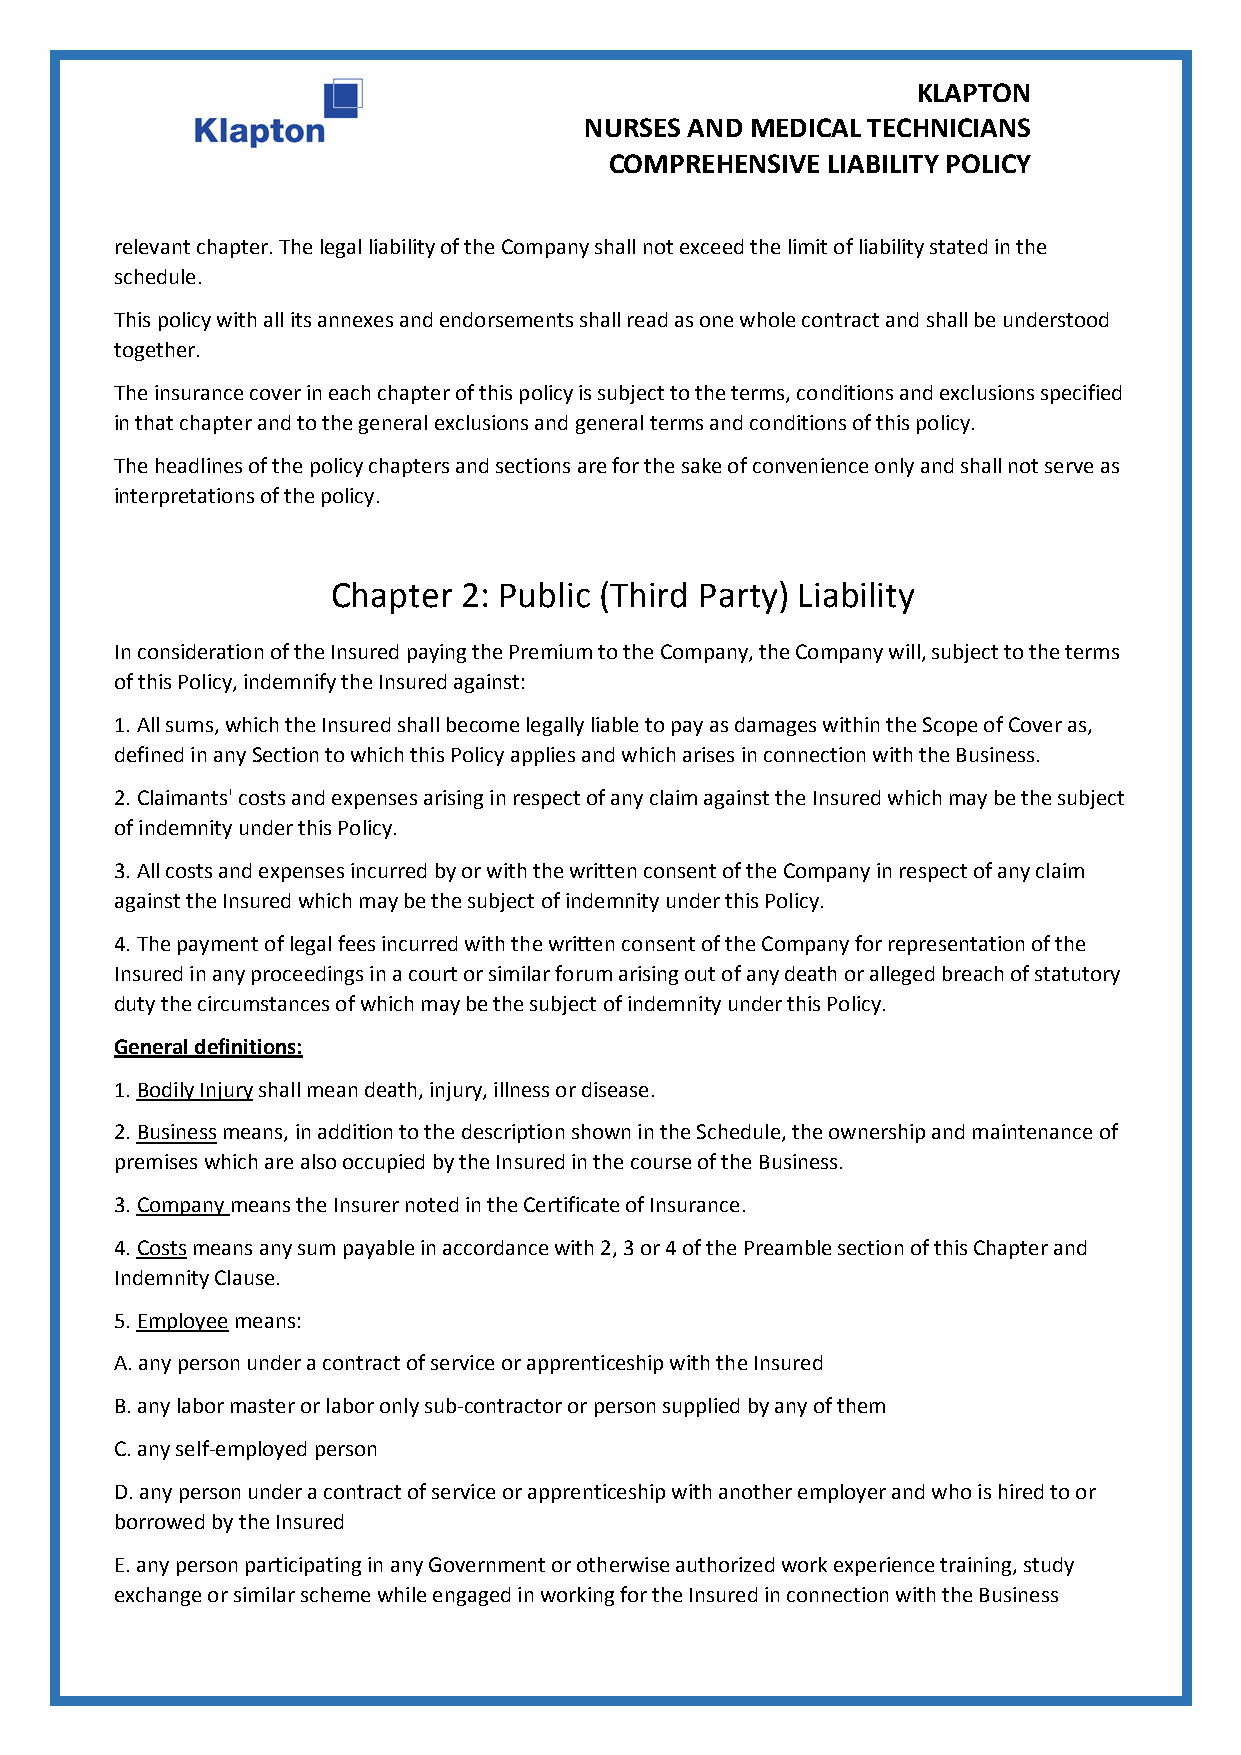
KLAPTON
 NURSES AND MEDICAL TECHNICIANS
 COMPREHENSIVE  LIABILITY POLICY
 relevant chapter. The legal liability of the Company shall not exceed the limit of liability stated in the
 schedule.
 This policy with all its annexes and endorsements shall read as one whole contract and shall be understood
 together.
 The insurance cover in each chapter of this policy is subject to the terms, conditions and exclusions specified
 in that chapter and to the general exclusions and general terms and conditions of this policy.
 The headlines of the policy chapters and sections are for the sake of convenience only and shall not serve as
 interpretations of the policy.
 Chapter  2: Public (Third Party) Liability
 In consideration of the Insured paying the Premium to the Company, the Company will, subject to the terms
 of this Policy, indemnify the Insured against:
 1. All sums, which the Insured shall become legally liable to pay as damages within the Scope of Cover as,
 defined in any Section to which this Policy applies and which arises in connection with the Business.
 2. Claimants' costs and expenses arising in respect of any claim against the Insured which may be the subject
 of indemnity under this Policy.
 3. All costs and expenses incurred by or with the written consent of the Company in respect of any claim
 against the Insured which may be the subject of indemnity under this Policy.
 4. The payment of legal fees incurred with the written consent of the Company for representation of the
 Insured in any proceedings in a court or similar forum arising out of any death or alleged breach of statutory
 duty the circumstances of which may be the subject of indemnity under this Policy.
 General definitions:
 1. Bodily Injury shall mean death, injury, illness or disease.
 2. Business means, in addition to the description shown in the Schedule, the ownership and maintenance of
 premises which are also occupied by the Insured in the course of the Business.
 3. Company means the Insurer noted in the Certificate of Insurance.
 4. Costs means any sum payable in accordance with 2, 3 or 4 of the Preamble section of this Chapter and
 Indemnity Clause.
 5. Employee means:
 A. any person under a contract of service or apprenticeship with the Insured
 B. any labor master or labor only sub-contractor or person supplied by any of them
 C. any self-employed person
 D. any person under a contract of service or apprenticeship with another employer and who is hired to or
 borrowed by the Insured
 E. any person participating in any Government or otherwise authorized work experience training, study
 exchange or similar scheme while engaged in working for the Insured in connection with the Business